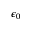
\epsilon _ { 0 }